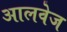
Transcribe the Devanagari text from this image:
आलवेज